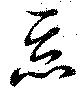
悪